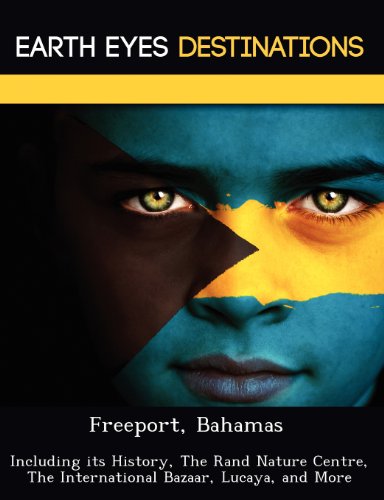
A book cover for Freeport, Bahamas: Including its History, The Rand Nature Centre, The International Bazaar, Lucaya, and More; Dave Knight; Travel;